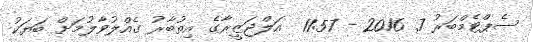
ސެޕްޓެމްބަރު 7